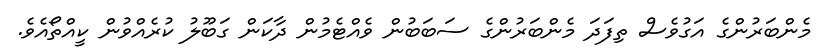
މެންބަރުންގެ އަގުވެސް ތިފަދަ މެންބަރުންގެ ސަބަބުން ވެއްޓެމުން ދާކަން ގަބޫލު ކުރެއްވުން ކީއްތޯއެވެ.